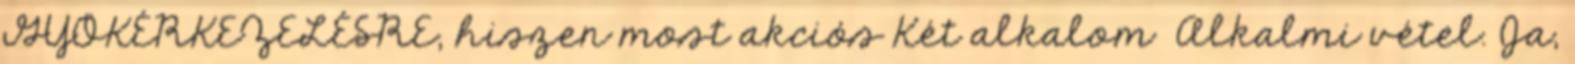
GYÖKÉRKEZELÉSRE, hiszen most akciós Két alkalom Alkalmi vétel. Ja,